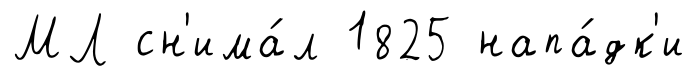
МЛ сн'има́л 1825 напа́дк'и